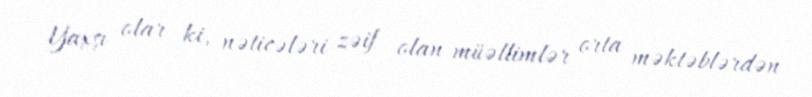
Yaxşı olar ki, nəticələri zəif olan müəllimlər orta məktəblərdən